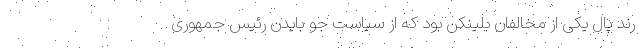
رند پال یکی از مخالفان بلینکن بود که از سیاست جو بایدن رئیس جمهوری